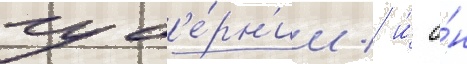
губ'е́рн'ии / и́ о́н